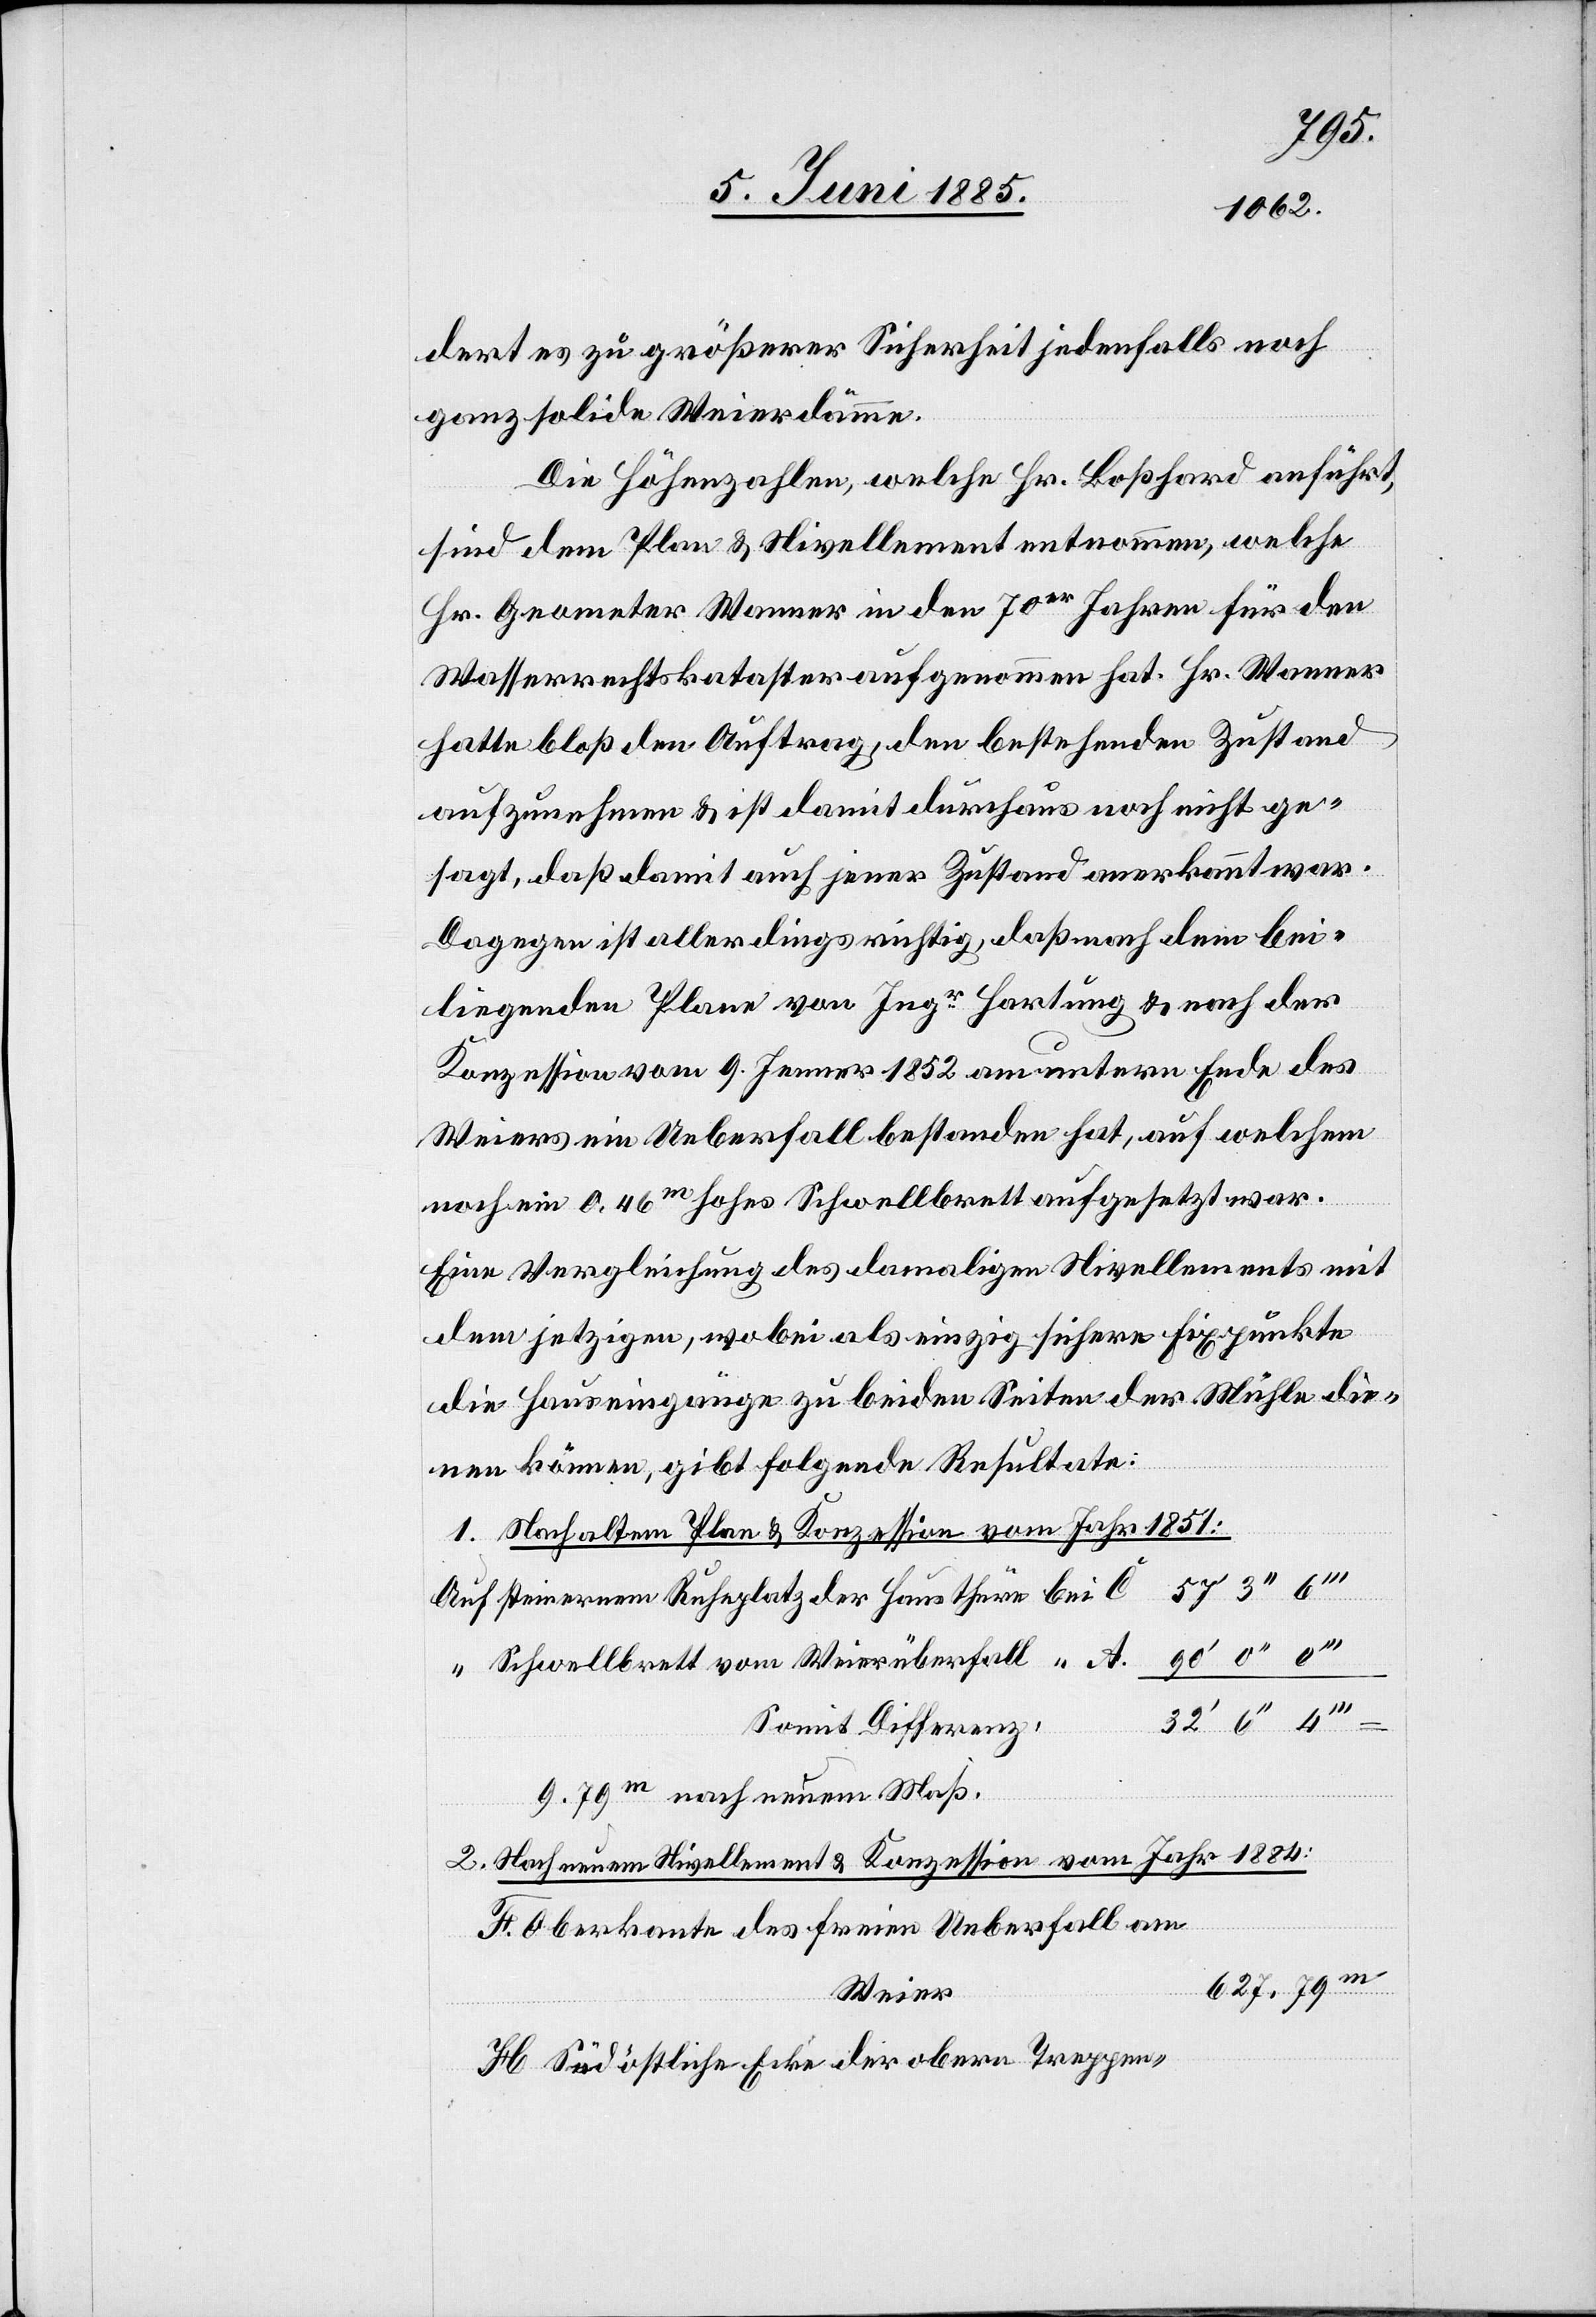
A.
dert es zu größerer Sicherheit jedenfalls noch
ganz solide Weierdämme.
Die Höhenzahlen, welche Hr. Boßhard anführt,
sind dem Plan & Nivellement entnommen, welche
Hr. Geometer Wanner in den 70er Jahren für den
Wasserrechtskataster aufgenommen hat. Hr. Wanner
hatte bloß den Auftrag, den bestehenden Zustand
aufzunehmen & ist damit durchaus noch nicht ge¬
sagt, daß damit auch jener Zustand anerkannt war.
Dagegen ist allerdings richtig, daß nach dem bei¬
liegenden Plane vom Ing[enieur] Hartung & nach der
Konzession vom 9. Jenner 1852 am untern Ende des
Weiers ein Ueberfall bestanden hat, auf welchem
Hausthüre
noch ein 0,46 m hohes Schwellbrett aufgesetzt war.
Eine Vergleichung des damaligen Nivellements mit
dem jetzigen, wobei als einzig sichere Fixpunkte
die Hauseingänge zu beiden Seiten der Mühle die¬
nen können, gibt folgende Resultate:
1. Nach altem Plan & Konzession vom Jahr 1851:
Somit Differenz:
0,79 m nach neuem Maß.
2. Nach neuem Nivellement & Konzession vom Jahr 1884:
Oberkante des freien Ueberfall am
Weier
Südöstliche Ecke der obern Treppen-